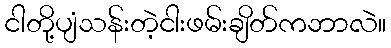
ငါတို့ပျံသန်းတဲ့ငါးဖမ်းချိတ်ကဘာလဲ။